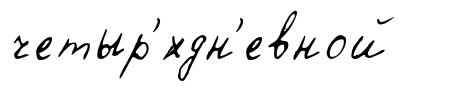
четыр'́хдн'евной